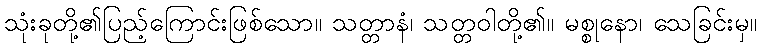
သုံးခုတို့၏ပြည့်ကြောင်းဖြစ်သော။ သတ္တာနံ၊ သတ္တဝါတို့၏။ မစ္စုနော၊ သေခြင်းမှ။